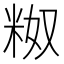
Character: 𬖗